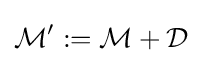
{\mathcal {M}}^{\prime }:={\mathcal {M}}+{\mathcal {D}}